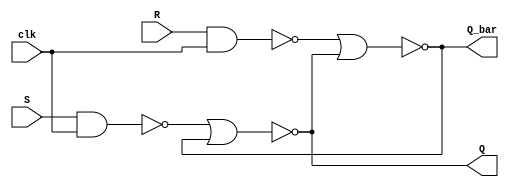
module edge_triggered_SR_FF (
  input wire clk,
  input wire S,
  input wire R,
  output reg Q,
  output reg Q_bar
);

wire nand_out_set;
wire nand_out_reset;

assign nand_out_set = ~(S & clk);
assign nand_out_reset = ~(R & clk);

assign Q = ~(nand_out_set | Q_bar);
assign Q_bar = ~(nand_out_reset | Q);

endmodule